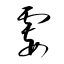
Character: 霎